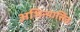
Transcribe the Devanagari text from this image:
अभिन्यासित